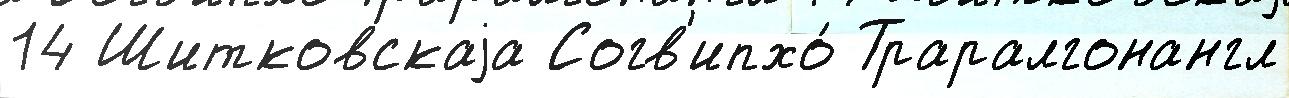
14 Шитковскаjа Согв'ипхо́ Траралгонангл